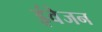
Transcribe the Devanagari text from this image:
इंवेजन